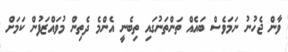
ވާން ޖެހުނު ނަމަވެސް ބައެއް ތަންތަނުގައި ތިބެނީ އެންމެ ދެތިން މުވައްޒަފުން ކަމަށް